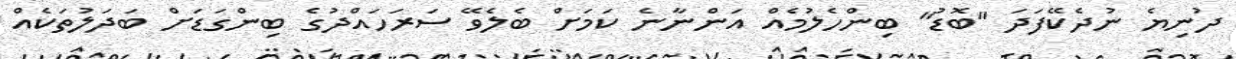
ދުނިޔެ ނުދެކޭފަދަ "ބޮޑު" ބިންހެލުމެއް އަންނާނެ ކަމަށް ބެލެވޭ ސަރަހައްދުގެ ބިންގަޑަށް ބަދަލުތަކެއް